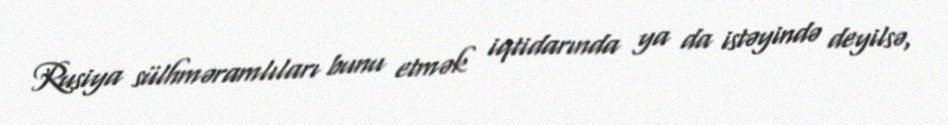
Rusiya sülhməramlıları bunu etmək iqtidarında ya da istəyində deyilsə,